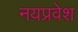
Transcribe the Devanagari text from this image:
नयप्रवेश